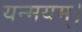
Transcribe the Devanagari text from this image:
यन्मयम्।